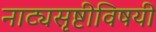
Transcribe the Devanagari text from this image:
नाट्यसृष्टीविषयी